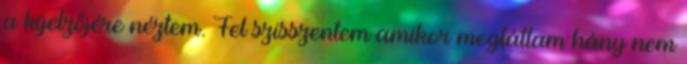
a kijelzőjére néztem. Fel szisszentem amikor megláttam hány nem